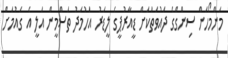
މަންމޯހަން ސިންގްގެ ދައުވަތަކަށް ޑީއާރުޕީގެ ލީޑަރު އަހުމަދު ތަސްމީން އަލީ އެ ގައުމަށް